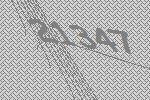
21347